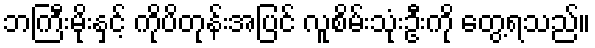
ဘကြီးမိုးနှင့် ကိုပိတုန်းအပြင် လူစိမ်းသုံးဦးကို တွေ့ရသည်။